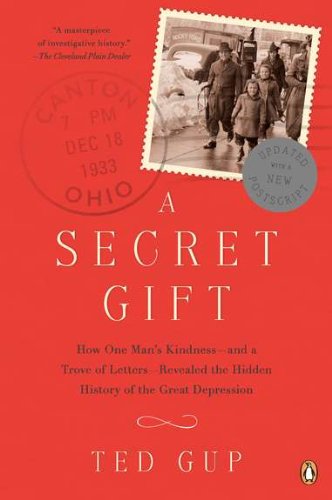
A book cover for A Secret Gift: How One Man's Kindness--and a Trove of Letters--Revealed the Hidden History of t he Great Depression; Ted Gup; Biographies & Memoirs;